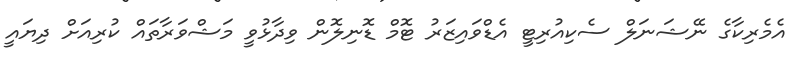
އެމެރިކާގެ ނޭޝަނަލް ސެކިއުރިޓީ އެޑްވައިޒަރު ޓޮމް ޑޮނިލޮން ވިދާޅުވީ މަޝްވަރާތައް ކުރިއަށް ދިޔައީ